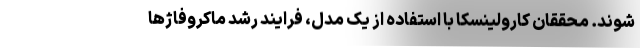
شوند. محققان کارولینسکا با استفاده از یک مدل، فرایند رشد ماکروفاژها